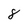
Character: 8